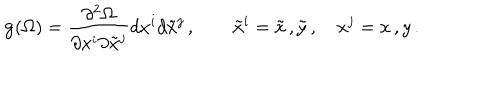
{ \bf g } ( \Omega ) = { \frac { \partial ^ { 2 } \Omega } { \partial x ^ { i } \partial { \tilde { x } ^ { j } } } } d x ^ { i } d { \tilde { x } } ^ { j } \, , \quad \quad { \tilde { x } } ^ { i } = { \tilde { x } } \, , { \tilde { y } } \, , \quad x ^ { j } = x \, , y \, .